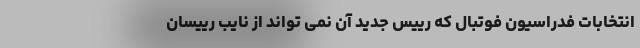
انتخابات فدراسیون فوتبال که رییس جدید آن نمی تواند از نایب رییسان